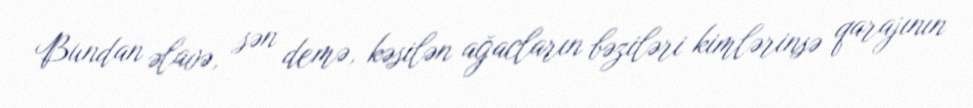
Bundan əlavə, sən demə, kəsilən ağacların bəziləri kimlərinsə qarajının